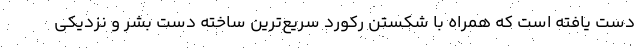
دست یافته است که همراه با شکستن رکورد سریع‌ترین ساخته دست بشر و نزدیکی